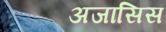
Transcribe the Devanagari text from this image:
अजासिस